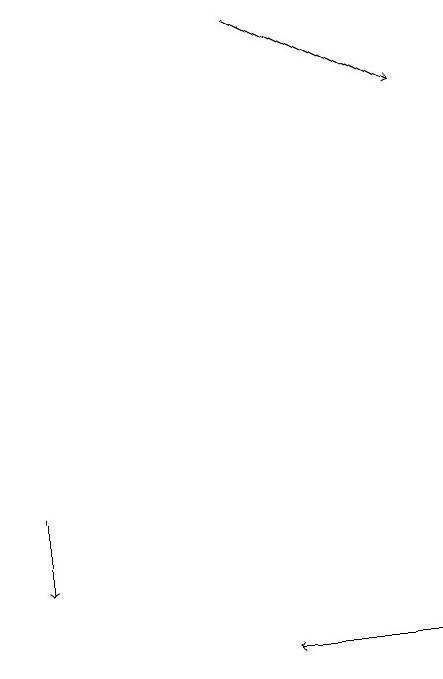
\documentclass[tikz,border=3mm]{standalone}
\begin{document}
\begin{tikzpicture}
\draw[->] (4,18) -- (6,17);
\draw[->] (6,10) -- (4,10);
\draw[->] (1,12) -- (1,11);
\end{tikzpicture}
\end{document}